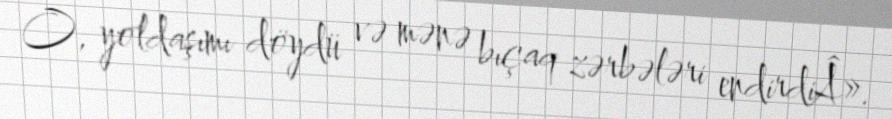
O, yoldaşımı döydü və mənə bıçaq zərbələri endirdiÂ».